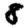
Digit: 8